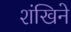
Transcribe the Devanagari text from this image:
शंखिने